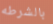
بالشرطه